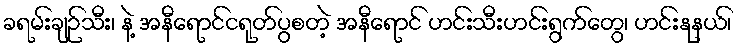
ခရမ်းချဉ်သီး၊ နဲ့ အနီရောင်ငရုတ်ပွစတဲ့ အနီရောင် ဟင်းသီးဟင်းရွက်တွေ၊ ဟင်းနုနယ်၊